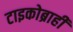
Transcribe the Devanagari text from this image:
टाइकोब्राही